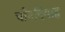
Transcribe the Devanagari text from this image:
चौवदियाह